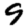
Digit: 9